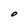
Character: O